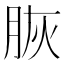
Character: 脄